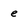
Character: e